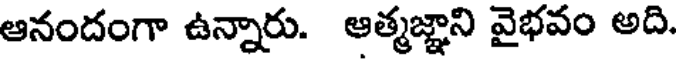
ఆనందంగా ఉన్నారు. ఆత్మజ్ఞాని వైభవం అది.